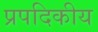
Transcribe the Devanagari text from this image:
प्रपदिकीय